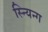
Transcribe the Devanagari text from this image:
स्न्यिन्ग